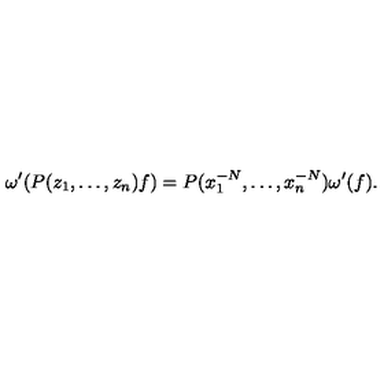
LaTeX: \omega ^ { \prime } ( P ( z _ { 1 } , \dots , z _ { n } ) f ) = P ( x _ { 1 } ^ { - N } , \dots , x _ { n } ^ { - N } ) \omega ^ { \prime } ( f ) .